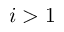
i > 1